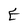
Character: E